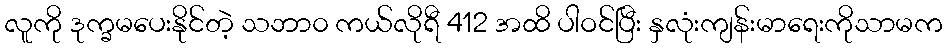
လူကို ဒုက္ခမပေးနိုင်တဲ့ သဘာ၀ ကယ်လိုရီ 412 အထိ ပါဝင်ပြီး နှလုံးကျန်းမာရေးကိုသာမက